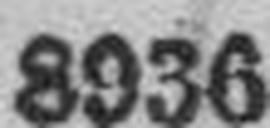
8936